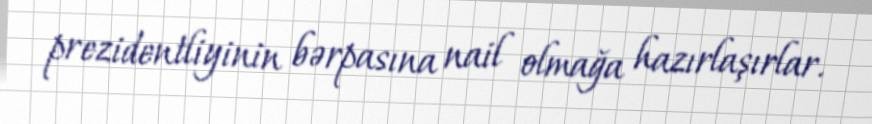
prezidentliyinin bərpasına nail olmağa hazırlaşırlar.